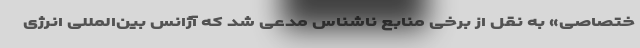
ختصاصی» به نقل از برخی منابع ناشناس مدعی شد که آژانس بین‌المللی انرژی